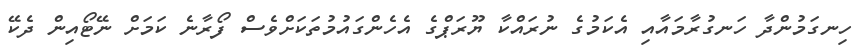
ހިނގަމުންދާ ހަނގުރާމައާއި އެކަމުގެ ނުރައްކާ ޔޫރަޕްގެ އެހެންގައުމުތަކަށްވެސް ފޯރާނެ ކަމަށް ނޭޓޯއިން ދެކޭ